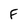
Character: f